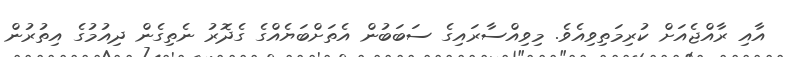
އާއި ރާއްޖެއަށް ކުރިމަތިވިއެވެ. މިވިއްސާރައިގެ ސަބަބުން އެތަށްބަޔެއްގެ ގެދޮރު ނެތިގެން ދިއުމުގެ އިތުރުން